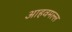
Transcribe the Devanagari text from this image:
आहवमल्ल